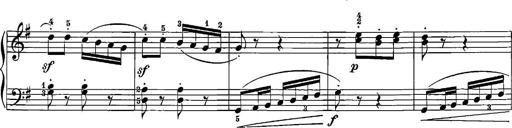
Title: 12 Sonatinas
Composer: Ignaz Pleyel